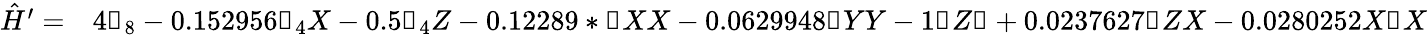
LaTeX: \begin{array}{rl}{\hat{H}^{\prime}=}&{{}4\mathbb{1}_{8}-0.152956\mathbb{1}_{4}X-0.5\mathbb{1}_{4}Z-0.12289*\mathbb{1}XX-0.0629948\mathbb{1}YY-1\mathbb{1}Z\mathbb{1}+0.0237627\mathbb{1}ZX-0.0280252X\mathbb{1}X}\end{array}